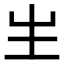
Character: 𤯓